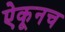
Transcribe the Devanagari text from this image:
ऐकूनच